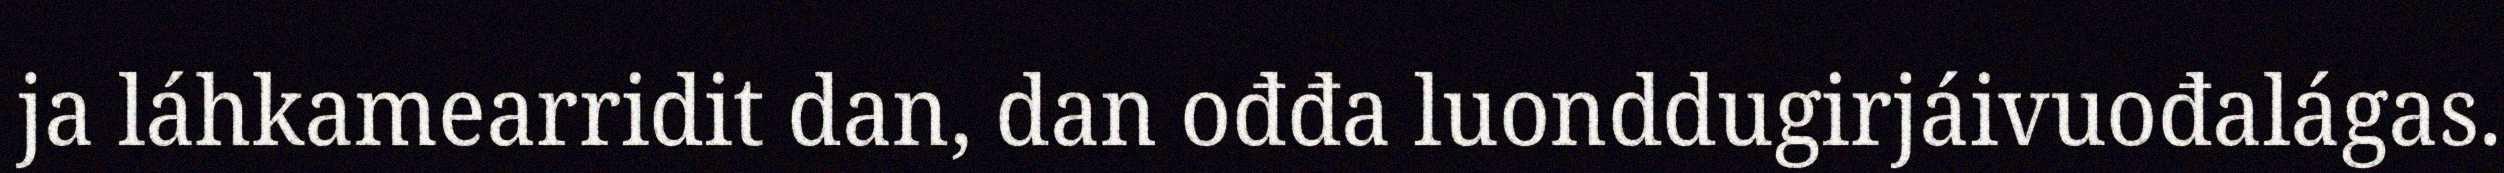
ja láhkamearridit dan, dan ođđa luonddugirjáivuođalágas.